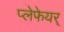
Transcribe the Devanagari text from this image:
प्लेफेयर्